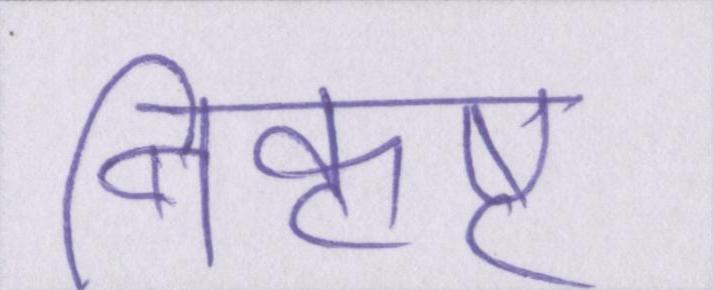
निकृष्ट